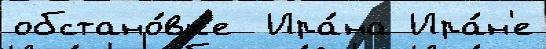
обстано́вк'е  Ира́на Ира́н'е